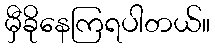
မှီခိုနေကြရပါတယ်။